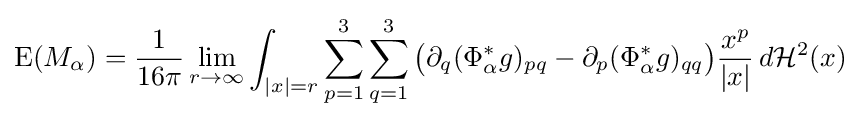
{\text{E}}(M_{\alpha })={\frac {1}{16\pi }}\lim _{r\to \infty }\int _{|x|=r}\sum _{p=1}^{3}\sum _{q=1}^{3}{\big (}\partial _{q}(\Phi _{\alpha }^{\ast }g)_{pq}-\partial _{p}(\Phi _{\alpha }^{\ast }g)_{qq}{\big )}{\frac {x^{p}}{|x|}}\,d{\mathcal {H}}^{2}(x)